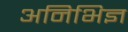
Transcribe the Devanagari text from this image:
अनिभिज्ञ